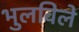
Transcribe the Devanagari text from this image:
भुलविले